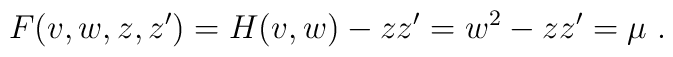
F(v,w,z,z')=H(v,w)-zz'=w^2-zz'=\mu~.